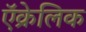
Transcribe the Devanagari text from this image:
ऍक्रेलिक